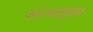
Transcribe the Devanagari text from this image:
अन्त्यानुप्रास